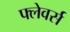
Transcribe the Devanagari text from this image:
फ्लेवर्स